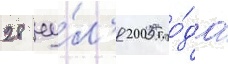
28 иу́л'я 2005 го́да